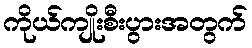
ကိုယ်ကျိုးစီးပွားအတွက်